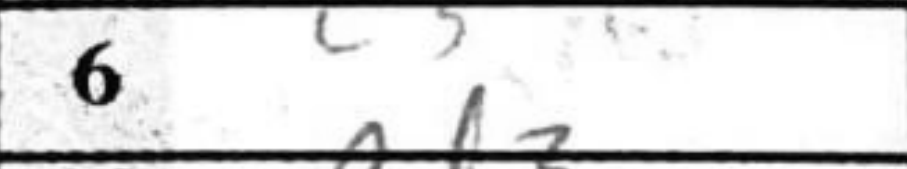
Transcription: c3